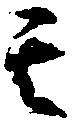
其